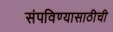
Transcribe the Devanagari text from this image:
संपविण्यासाठीची